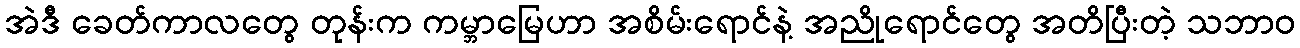
အဲဒီ ခေတ်ကာလတွေ တုန်းက ကမ္ဘာမြေဟာ အစိမ်းရောင်နဲ့ အညိုရောင်တွေ အတိပြီးတဲ့ သဘာဝ